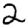
Digit: 2